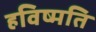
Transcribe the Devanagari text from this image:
हविष्मति